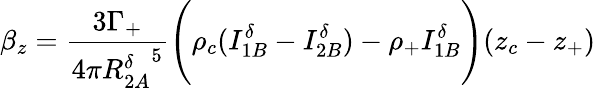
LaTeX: \beta_{z}=\frac{3\Gamma_{+}}{4\pi{R_{2A}^{\delta}}^{5}}\Bigg(\rho_{c}(I_{1B}^{\delta}-I_{2B}^{\delta})-\rho_{+}I_{1B}^{\delta}\Bigg)(z_{c}-z_{+})